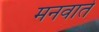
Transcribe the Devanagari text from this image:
मनवाते